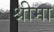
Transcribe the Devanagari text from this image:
श्रीमा